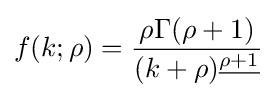
f(k;\rho )={\frac {\rho \Gamma (\rho +1)}{(k+\rho )^{\underline {\rho +1}}}}